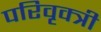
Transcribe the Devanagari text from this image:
परिवृक्त्री